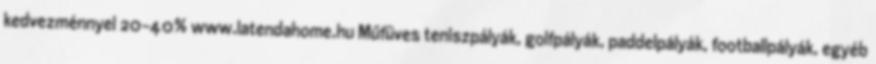
kedvezménnyel 20-40% www.latendahome.hu Műfüves teniszpályák, golfpályák, paddelpályák, footballpályák, egyéb